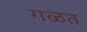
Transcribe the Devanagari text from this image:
गळत